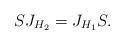
LaTeX: \begin{align*} S J_{H_2} = J_{H_1} S.\end{align*}